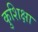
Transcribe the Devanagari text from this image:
कुशिक्षा